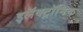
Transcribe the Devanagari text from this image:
इलॅक्ट्रॉनिक